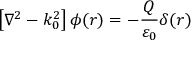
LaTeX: \left[ \nabla ^ { 2 } - k _ { 0 } ^ { 2 } \right] \phi ( r ) = - { \frac { Q } { \varepsilon _ { 0 } } } \delta ( r )